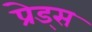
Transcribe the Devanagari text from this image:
प्रेड्स